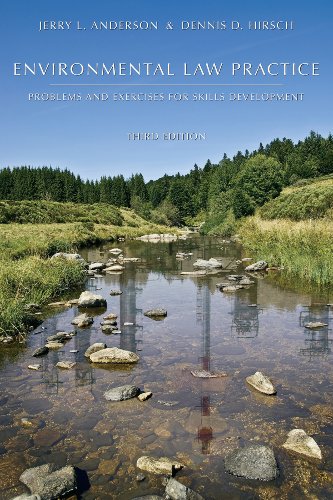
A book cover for Environmental Law Practice: Problems and Exercises for Skills Development; Jerry L. Anderson; Law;